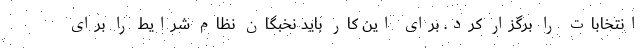
انتخابات را برگزار کرد. برای این کار باید نخبگان نظام شرایط را برای